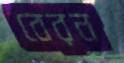
বেরন